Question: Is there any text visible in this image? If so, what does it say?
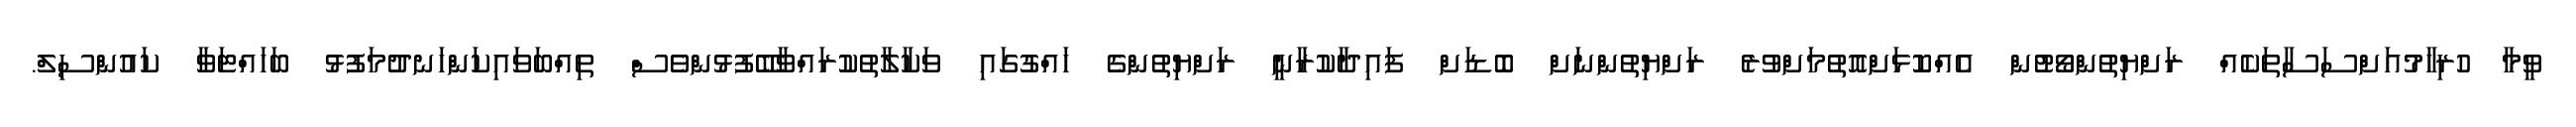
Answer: ވީމާ ހުރިހާމުއަށްސަސާތަކެއް ރަށްޔިތުންވޯޓުން އެއްކޮޅަށްއޮތުމަށްވުރެ ރަށްޔިތުންނަށް ބޮޑަށް ފައިދާކުރާނީ ރަށްޔިތުންގެ ހައްގުގައި ވަކާލާތުކުރައްވާބޭފުޅުންވެސް ތިއްބަވައިކަންހަނދުމަފުޅު ބަހައްޓަވާ ކައުންސިލް.